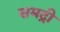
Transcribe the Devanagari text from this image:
समद्री